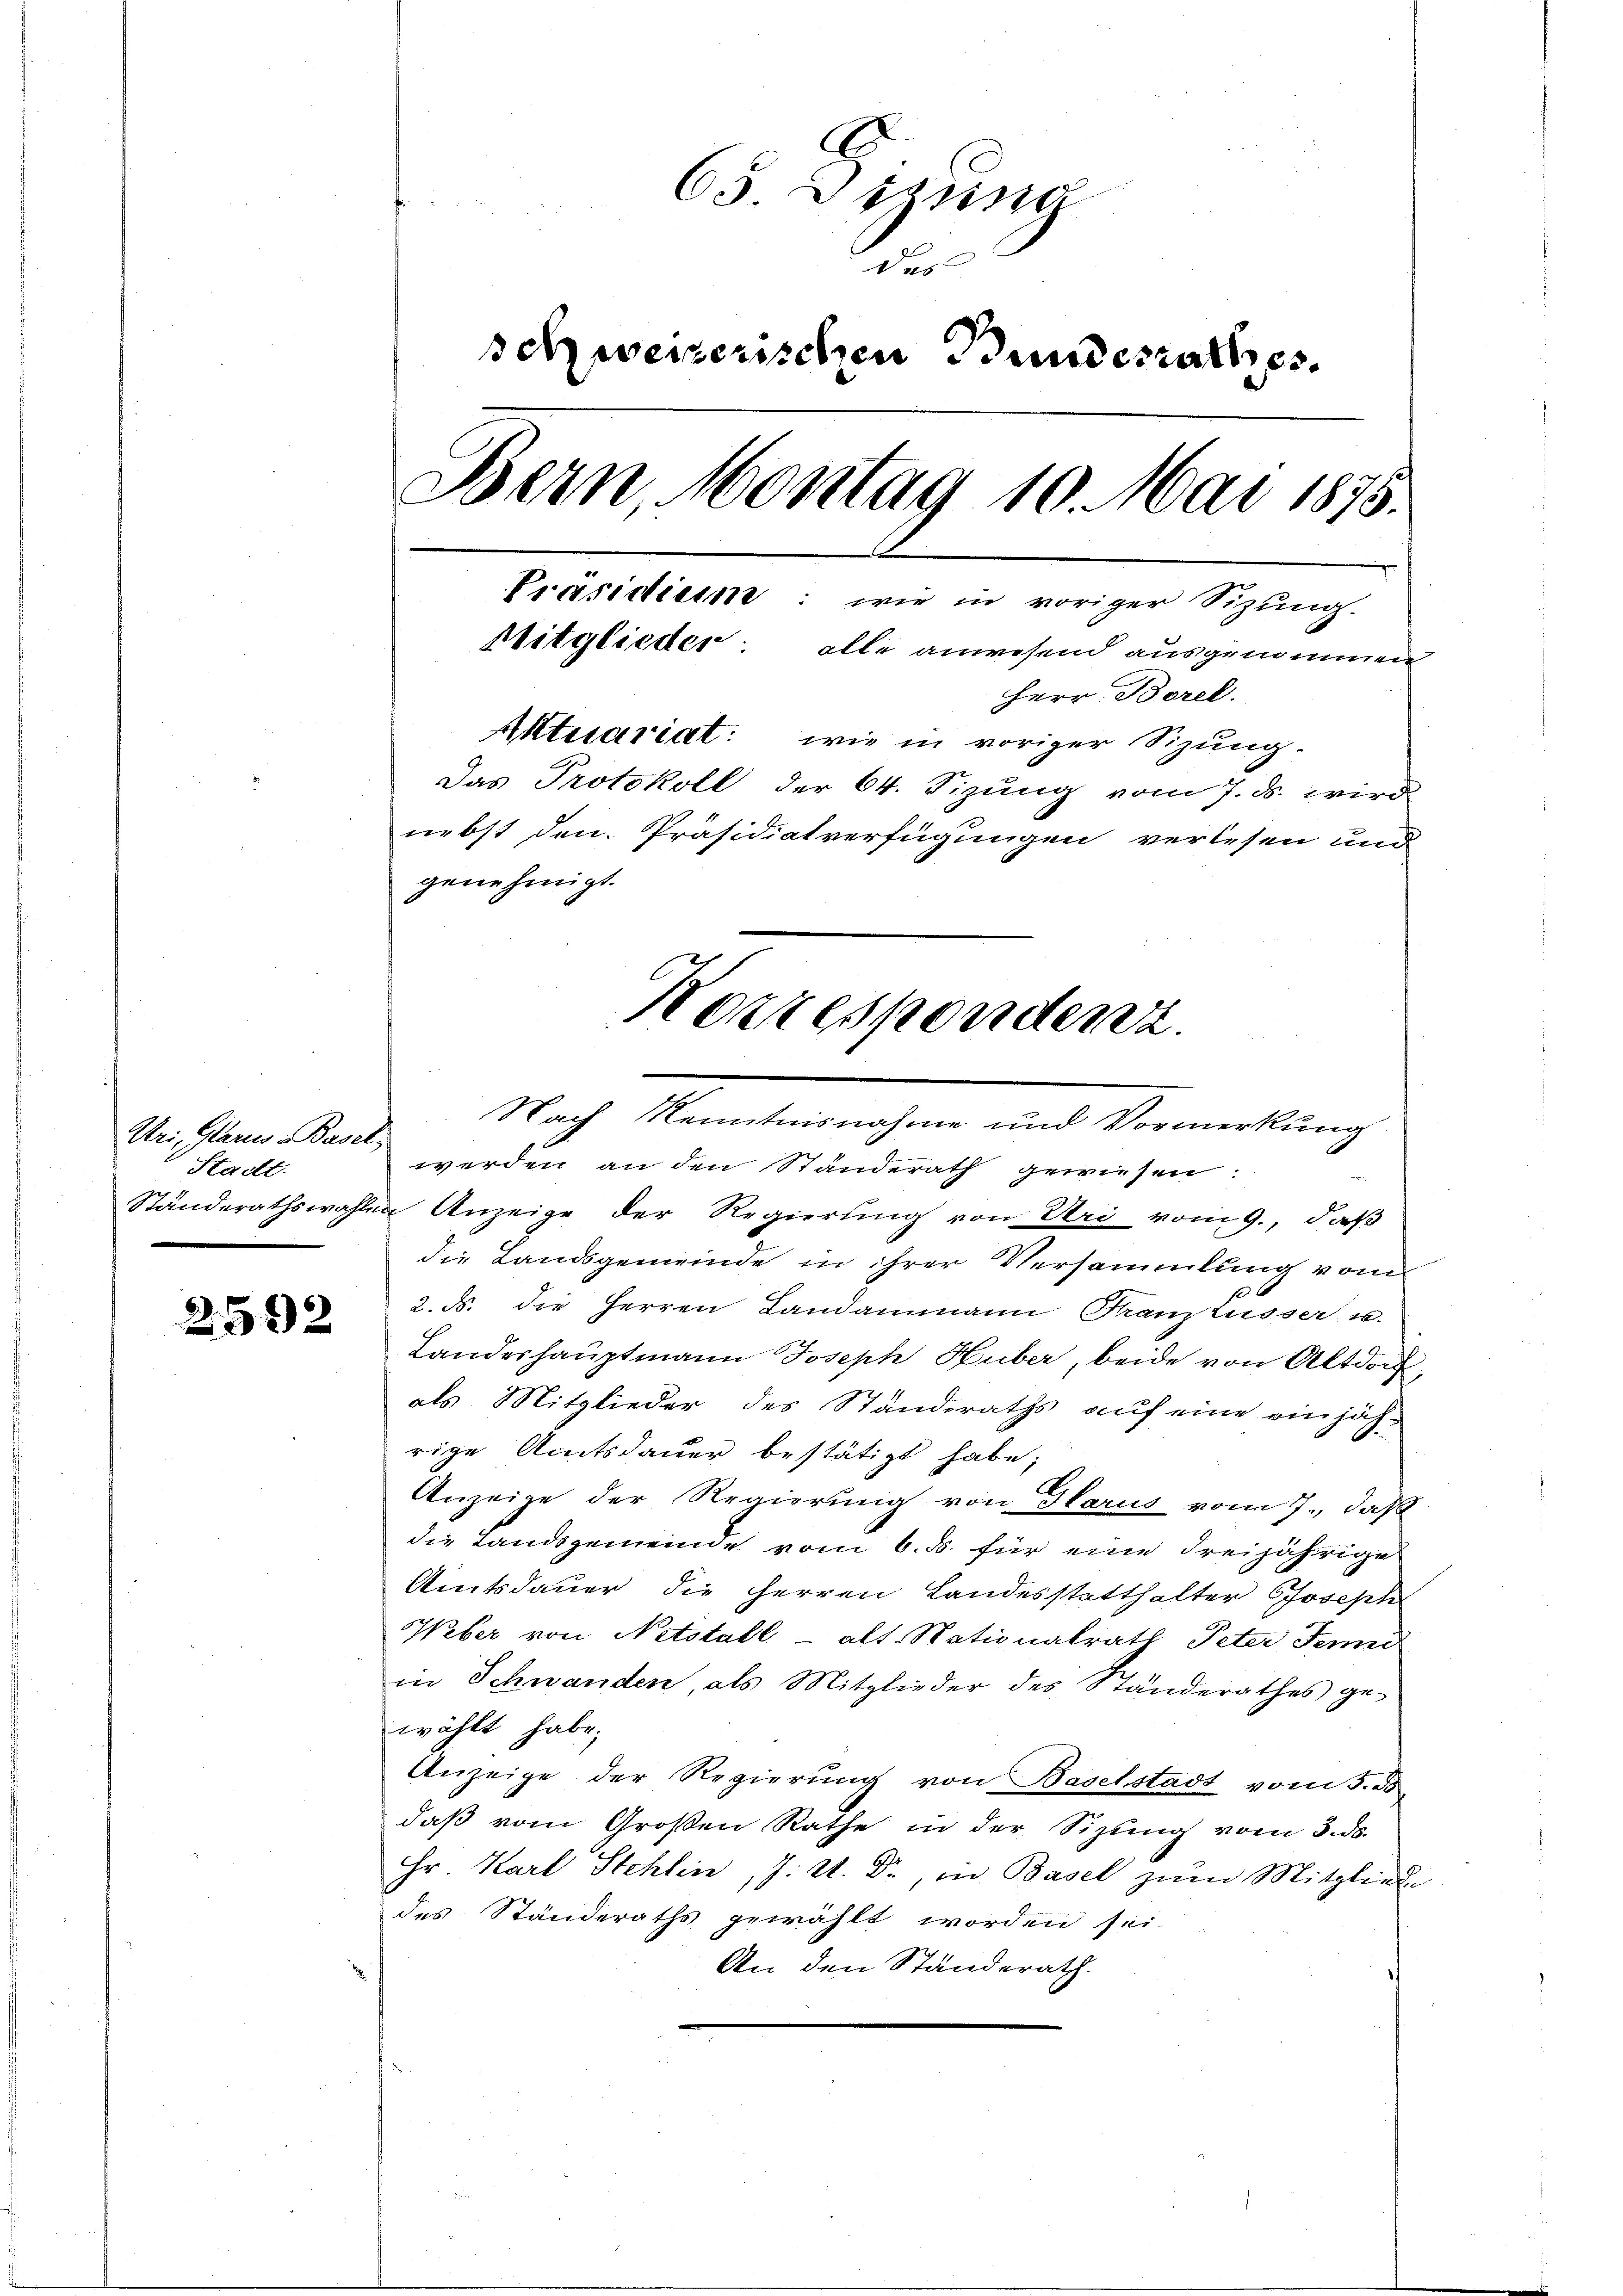
Uri, Glarus Basel,
Stadt.

2592

65. Diezing
des
schweizerischen Bundesrathes.
Bern Montag 10. Mai 1875.
Präsidium: wie in voriger Sitzung.
Mitglieder: alle anwesend ausgenommen
Herr Borel.
Aktuariat: wie in voriger Sizung.
Das Protokoll der 64. Fizung vom 7. ds. wird
nebst den Präsidiatverfügungen verlesen und
genehmigt.

Korrespondenz.
Nach Kenntnisnahme und Vormerkung

werden an den Ständerath gewiesen:
Ständerathswahlen Anzeige der Regierung von Uri vom 9., daß
die Landsgemeinde in ihrer Versammlung vom
2. ds. die Herren Landammann Franz Lusser u.
Landeshauptmann Joseph Huber, beide von Altdorf,
als Mitglieder des Standeraths auf eine einjäh-
rige Amtsdauer bestätigt habe;
Anzeige der Regierung von Harus vom 7., daß
die Landsgemeinde vom 6. ds. für eine dreijährige
Amtsdauer die Herren Landesstatthalter Joseph
Weber von Netotall - alt. Nationalrath Peter Feind
in Schwanden, als Mitglieder des Ständerathes ge-
wählt habe.
Anzeige der Regierung von Baselstadt vom 5. ds.
daβ vom Großen Rathe in der Sitzŭng vom 3. ds.
Hr. Karl Stehlin, J. A. Dr. in Basel zŭm Mitgliede
des Ständeraths gewählt worden sei.
An den Ständerath.